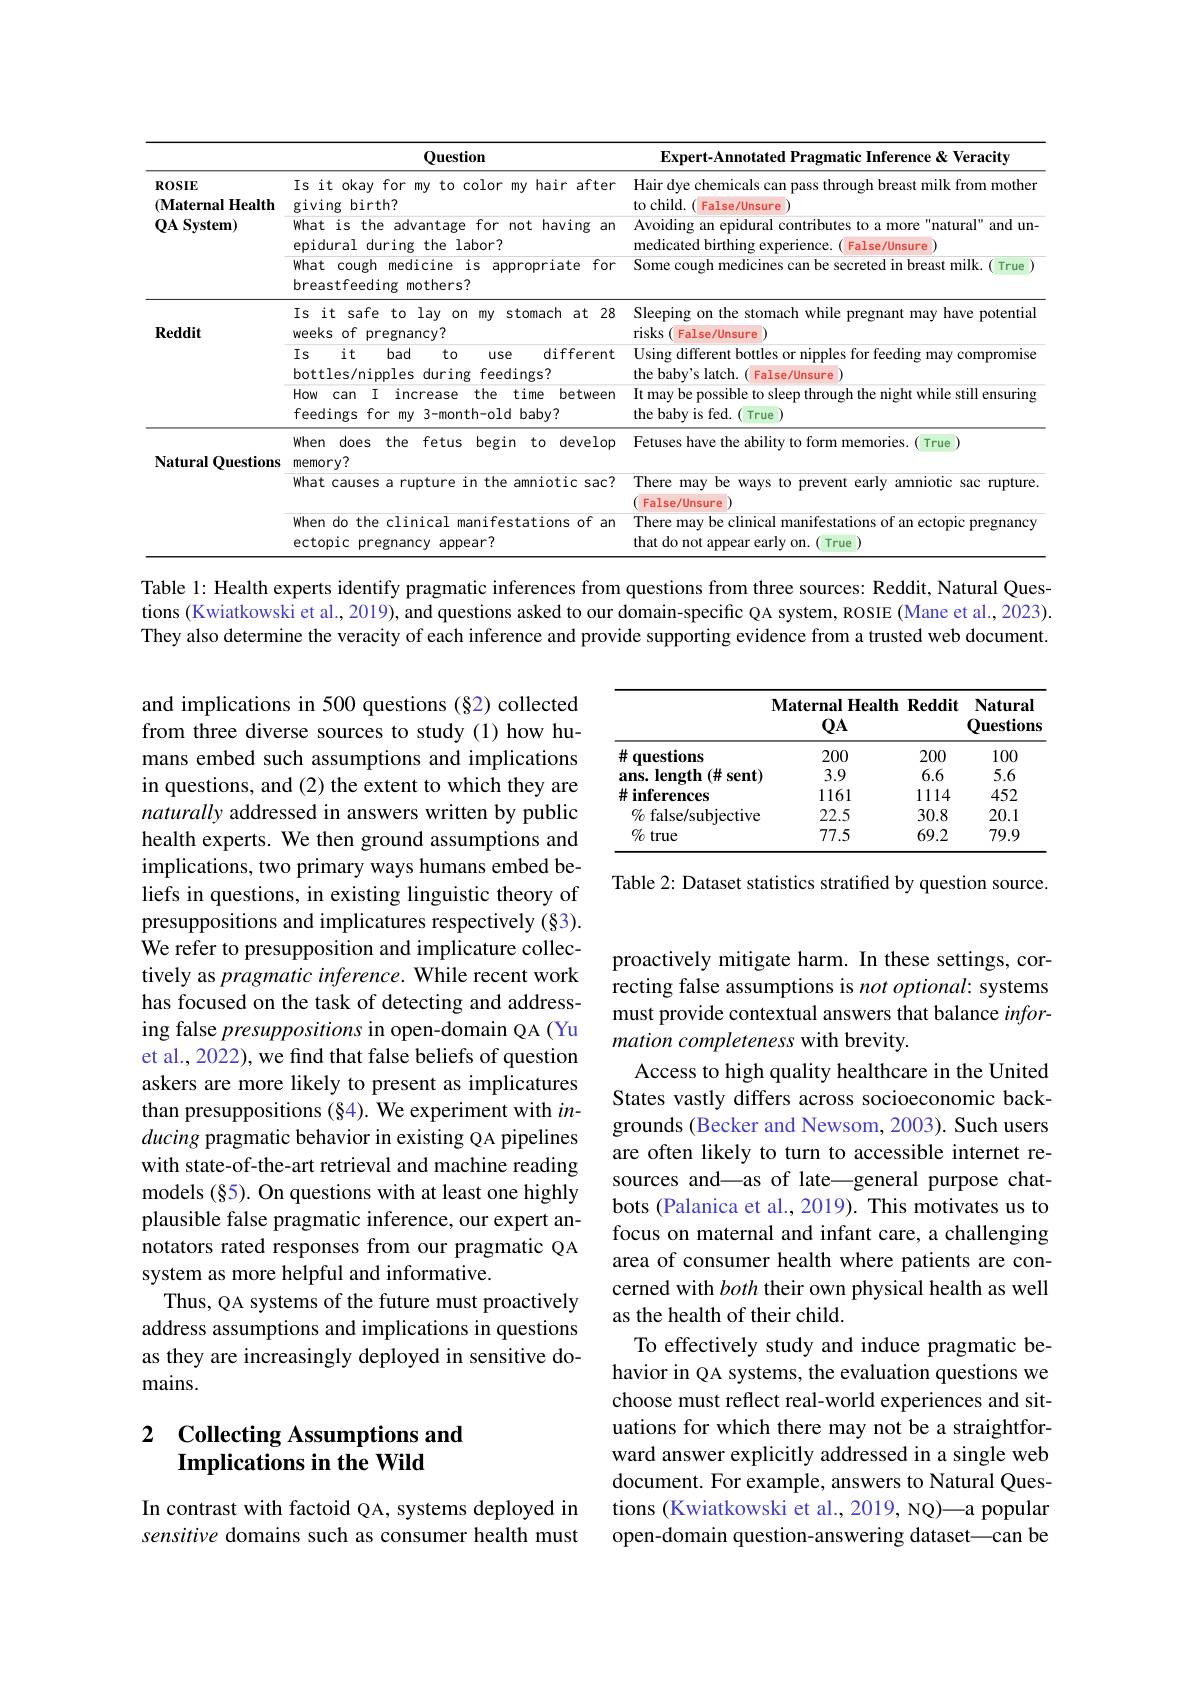
<table>
	<tbody>
		<tr>
			<th rowspan="4">ROSIE $(\mathbf{Maternal~Health}$ $\mathbf{QA}\mathbf{System})$</th>
			<th>Question</th>
			<th>Expert-Annotated Pras natic Inference & Veracity</th>
		</tr>
		<tr>
			<td>Is it okay for my to color my hair after giving birth?</td>
			<td>Hair dye chemicals can pass through breast milk from mothen to child.( False/Unsure</td>
		</tr>
		<tr>
			<td>What is the advantage for not having an epidural during the labor?</td>
			<td>Avoiding an epidural contributes to a more "natural" and un- medicated birthing experience. ( ( False/Unsure</td>
		</tr>
		<tr>
			<td>What cough medicine is appropriate for breastfeeding mothers?</td>
			<td>Some cough medicines can be secreted in breast milk.( True</td>
		</tr>
		<tr>
			<td rowspan="4">$\mathbf{Reddit}$</td>
			<td>Is it safe to lay on my stomach at 28 weeks of pregnancy?</td>
			<td>Sleeping on the stomach while pregnant may have potential risks( False/Unsure</td>
		</tr>
		<tr>
			<td>Is it safe to lay on my stomach at 28 weeks of pregnancy?</td>
			<td>Sleeping on the stomach while pregnant may have potential risks ( False/Unsure</td>
		</tr>
		<tr>
			<td>Is $it$ bad to use different bottles/nipples during feedings?</td>
			<td>Using different bottles or nipples for feeding may compromise the baby's latch.( False/Unsure</td>
		</tr>
		<tr>
			<td>How can I increase the time between feedings for my 3-month-old baby?</td>
			<td>It may be possible to sleep through the night while still ensuring the baby is fed.( True</td>
		</tr>
		<tr>
			<td>Natural Ouestions</td>
			<td>when does the fetus begin to develop memory?</td>
			<td>Fetuses have the ability to form memories.( True</td>
		</tr>
		<tr>
			<td rowspan="2">Natural $1Questions$</td>
			<td>What causes a rupture in the amniotic sac?</td>
			<td>There may be ways to prevent early $z$ amniotic sac rupture False/Unsure</td>
		</tr>
		<tr>
			<td>When do the clinical manifestations of an ectopic pregnancy appear?</td>
			<td>There may be clinical manifestations of an ectopic pregnancy that do not appear early on. True</td>
		</tr>
	</tbody>
</table>

Table 1: Health experts identify pragmatic inferences from questions from three sources: Reddit, Natural Questions (Kwiatkowski et al., 2019), and questions asked to our domain-specific QA system, ROSIE (Mane et al., 2023). They also determine the veracity of each inference and provide supporting evidence from a trusted web document.

<table>
	<tbody>
		<tr>
			<th> </th>
			<th>$\mathbf{Maternal}$ $1Heal$ $QA$</th>
			<th>$\mathbf{th}$ $\mathbf{Reddit}$</th>
			<th>Natural Questions</th>
		</tr>
		<tr>
			<td>井 1 questions</td>
			<td>200</td>
			<td>200</td>
			<td>100</td>
		</tr>
		<tr>
			<td>ans. length(# sent)</td>
			<td>3.9</td>
			<td>6.6</td>
			<td>5.6</td>
		</tr>
		<tr>
			<td>$\#$inferences</td>
			<td>1161</td>
			<td>1114</td>
			<td>452</td>
		</tr>
		<tr>
			<td>$\%1$ false/subiective</td>
			<td>22.5</td>
			<td>30.8</td>
			<td>20.1</td>
		</tr>
		<tr>
			<td>$\%$ true</td>
			<td>77.5</td>
			<td>69.2</td>
			<td>79.9</td>
		</tr>
	</tbody>
</table>

Table 2: Dataset statistics stratified by question source.

and implications in 500 questions (§2) collected from three diverse sources to study(1) how humans embed such assumptions and implications in questions, and (2) the extent to which they are naturally addressed in answers written by public health experts. We then ground assumptions and implications, two primary ways humans embed beliefs in questions, in existing linguistic theory of presuppositions and implicatures respectively (§3). We refer to presupposition and implicature collectively as pragmatic inference. While recent work has focused on the task of detecting and addressing false presuppositions in open-domain QA (Yu et al., 2022), we find that false beliefs of question askers are more likely to present as implicatures than presuppositions (§4). We experiment with $in-$ ducing pragmatic behavior in existing QA pipelines with state-of-the-art retrieval and machine reading models (§5). On questions with at least one highly plausible false pragmatic inference, our expert annotators rated responses from our pragmatic QA system as more helpful and informative.
Thus, QA systems of the future must proactively address assumptions and implications in questions as they are increasingly deployed in sensitive domains.

proactively mitigate harm. In these settings, correcting false assumptions is not optional: systems must provide contextual answers that balance information completeness with brevity.
Access to high quality healthcare in the United States vastly differs across socioeconomic backgrounds (Becker and Newsom, 2003). Such users are often likely to turn to accessible internet resources and—as of late—general purpose chatbots (Palanica et al., 2019). This motivates us to focus on maternal and infant care, a challenging area of consumer health where patients are concerned with both their own physical health as well as the health of their child.
To effectively study and induce pragmatic behavior in QA systems, the evaluation questions we choose must reflect real-world experiences and situations for which there may not be a straightforward answer explicitly addressed in a single web document. For example, answers to Natural Questions (Kwiatkowski et al., 2019, NQ)—a popular open-domain question-answering dataset—can be

## 2 $\textbf{Collecting Assumptions and}$ Implications in the Wild

In contrast with factoid QA, systems deployed in sensitive domains such as consumer health must